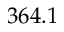
3 6 4 . 1